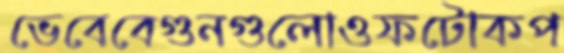
ভেবেবেগুনগুলোওফটোকপ